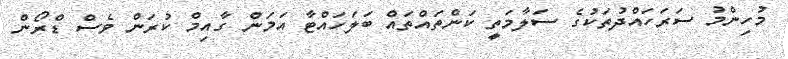
މުހިންމު ސަރަހައްދުތަކުގެ ސަލާމަތީ ކަންތައްތައް ބަލަހައްޓާ އަމަން ގާއިމް ކުރަން ވެސް ޑްރޯން